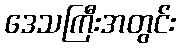
ဒေသကြီးအတွင်း